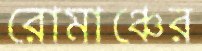
রোমাঞ্চের